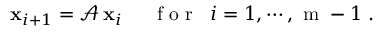
{ \bf x } _ { i + 1 } = \mathcal { A } \, { \bf x } _ { i } \; \; \; \; \; \mathrm { ~ f ~ o ~ r ~ } \; \; i = 1 , \cdots , \mathrm { ~ m ~ } - 1 \mathrm { ~ . ~ }